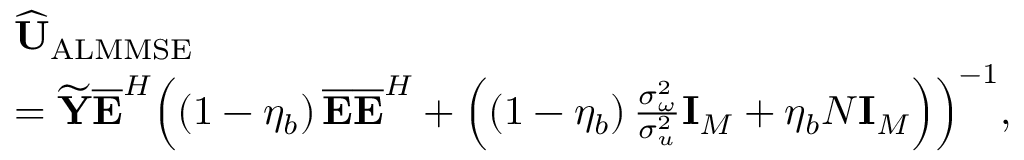
\begin{array} { r l } & { \widehat { { \bf U } } _ { \mathrm { A L M M S E } } } \\ & { = { \widetilde { \bf Y } } { { \mathbf { \overline { { E } } } } ^ { H } } { { \left( \left( 1 - { { \eta } _ { b } } \right) \mathbf { \overline { { E } } } { { { \mathbf { \overline { { E } } } } } ^ { H } } + \left( \left( 1 - { { \eta } _ { b } } \right) \frac { \sigma _ { \omega } ^ { 2 } } { \sigma _ { u } ^ { 2 } } { { \mathbf { I } } _ { M } } + { { \eta } _ { b } } N { { \mathbf { I } } _ { M } } \right) \right) } ^ { - 1 } } , } \end{array}